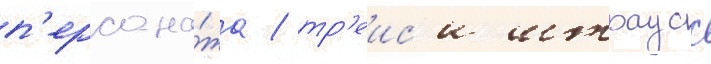
п'ерсона́жа / тр'еис'и штраусс